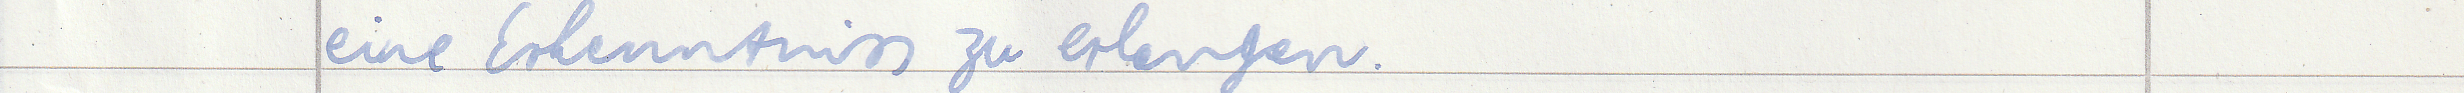
eine Erkenntniss zu erlangen.